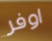
اوفر